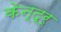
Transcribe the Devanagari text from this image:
केन्द्र्